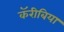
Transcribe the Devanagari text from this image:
कॅरीबिया